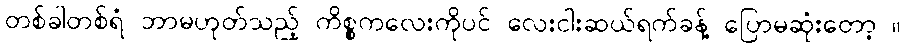
တစ်ခါတစ်ရံ ဘာမဟုတ်သည့် ကိစ္စကလေးကိုပင် လေးငါးဆယ်ရက်ခန့် ပြောမဆုံးတော့ ။